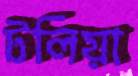
টলিয়া